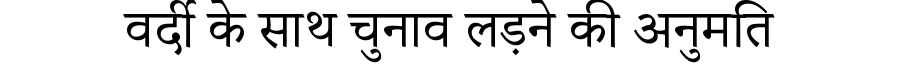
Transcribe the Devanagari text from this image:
वर्दी के साथ चुनाव लड़ने की अनुमति